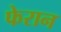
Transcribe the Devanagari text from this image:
फेरान